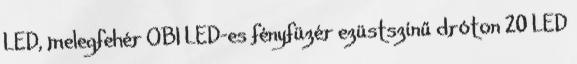
LED, melegfehér OBI LED-es fényfüzér ezüstszínű dróton 20 LED